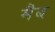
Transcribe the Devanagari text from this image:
मैब